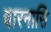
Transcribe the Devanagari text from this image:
वारनासि